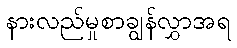
နားလည်မှုစာချွန်လွှာအရ